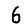
Digit: 6